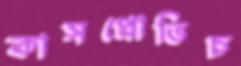
কাসপ্রোভিচ